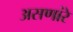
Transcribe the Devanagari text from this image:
असणांरे